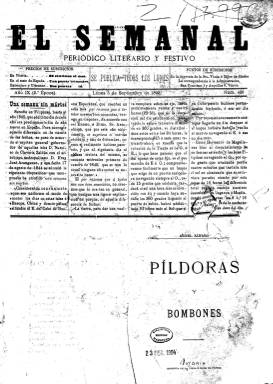
Título: El Semanal (Vitoria)
Colección: Periódicos
Ámbito geográfico: Álava
Lugar de publicación: Vitoria
Fechas: 05/09/1892-28/12/1895

Semanario de cuatro páginas, compuesto a cuatro columnas, que se publicaba en Vitoria con el subtítulo de Periódico literario y festivo (más tarde cambió el festivo por jocoserio). En principio salía los lunes, pero a partir de 1893 comenzó a publicarse los sábados.

     Por lo general, la última página estaba dedicada a anuncios, algunas veces ilustrados, y se completaba con poemas cuando la publicidad no llegaba hasta abajo. Una de las particularidades de esta publicación es que también incluía un anuncio en un lugar destacado de la primera página y siempre el mismo, una marca de vino de Rioja. También las composiciones poéticas, con el título de cantares, charadas u otros epígrafes, pueden verse en la primera página y en las otras.

  Las publicación no daba sólo información de carácter local y de Álava, sino que incluía noticias de otras provincias y de la capital de España dentro de la sección titulada ‘La semana en Madrid’, donde se daba cuenta de información teatral y de espectáculos y también de sucesos, aunque no de política.

     Curiosamente, el semanario se entregaba a domicilio a los suscriptores junto con Blanco y Negro, el periódico ilustrado más difundido en España, en una oferta conjunta especial.

[Descripción publicada el 10/09/2018]